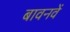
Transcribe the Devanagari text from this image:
बावनवें